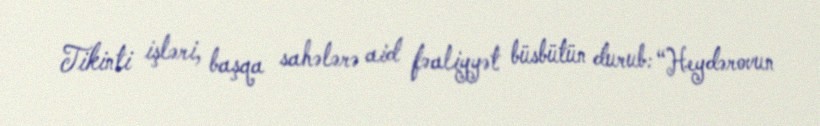
Tikinti işləri, başqa sahələrə aid fəaliyyət büsbütün durub: “Heydərovun